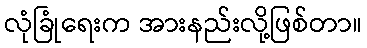
လုံခြုံရေးက အားနည်းလို့ဖြစ်တာ။